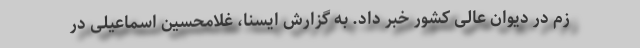
زم در دیوان عالی کشور خبر داد. به گزارش ایسنا، غلامحسین اسماعیلی در